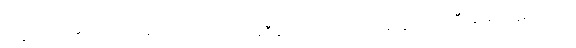
ဘုန်းတော်ကြီးက ကြားလို့ ကြွလာပါတယ်၊ အဲဒီဆရာတော်ကလဲ ပခုက္ကူတိုက်ကြီးမှာ ရဟန်းကလေး